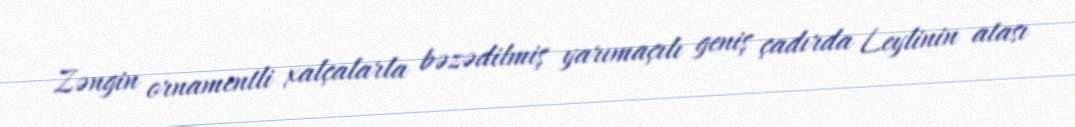
Zəngin ornamentli xalçalarla bəzədilmiş yarımaçılı geniş çadırda Leylinin atası